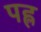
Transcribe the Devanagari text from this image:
पह्ल